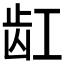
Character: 𱌩